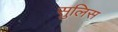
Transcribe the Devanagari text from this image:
सुलिस